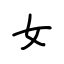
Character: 女